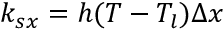
k _ { s x } = h ( T - T _ { l } ) \Delta x